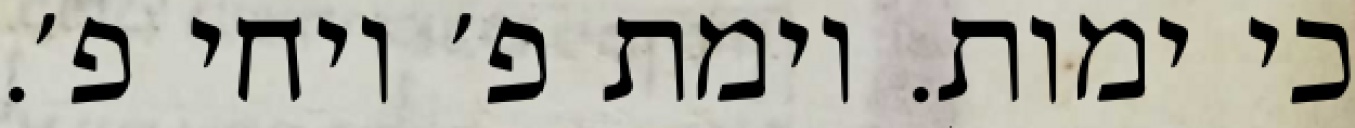
כי ימות. וימת פ׳ ויחי פ׳.